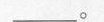
___。